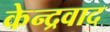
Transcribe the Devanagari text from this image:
केन्द्रवाद